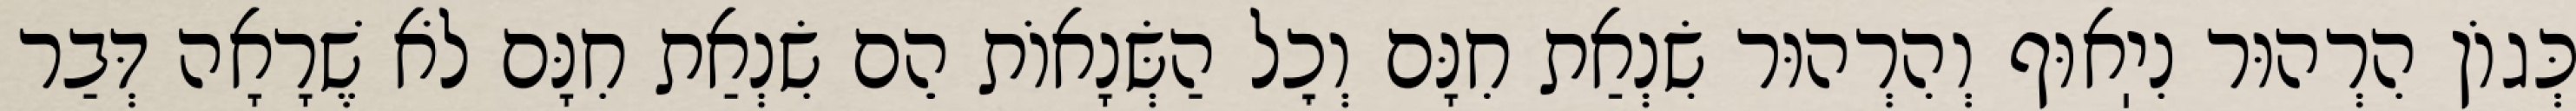
כְּגוֹן הִרְהוּר נִיֽאוּף וְהִרְהוּר שִׂנְאַת חִנָּם וְכׇל הַשְּׂנָאוֹת הֵם שִׂנְאַת חִנָּם לֹא שֶׁרָאָה דְּבַר